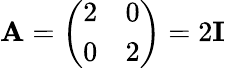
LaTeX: \mathbf{A}={\left(\begin{array}{ll}{2}&{0}\\ {0}&{2}\end{array}\right)}=2\mathbf{I}